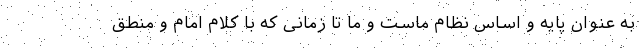
به عنوان پایه و اساس نظام ماست و ما تا زمانی که با کلام امام و منطق